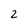
Character: 2